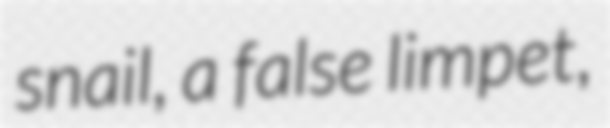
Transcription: snail, a false limpet,